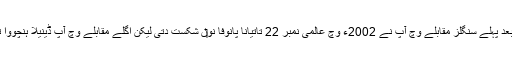
8 سالاں دے بعد پہلے سنگلز مقابلے وچ آپ نے 2002ء وچ عالمی نمبر 22 تاتیانا پانوفا نو‏‏ں شکست دتی لیکن اگلے مقابلے وچ آپ ڈینیلا ہنچووا تو‏ں ہار گئياں۔